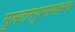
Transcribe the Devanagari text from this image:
सुलतानपुरसभाचन्द